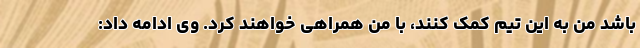
باشد من به این تیم کمک کنند، با من همراهی خواهند کرد. وی ادامه داد: